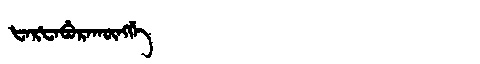
Manchu: ᡶᠠᡵᡶᠠᠪᡠᡵᠠᡴᡡᠩᡤᡝ
Romanization: FARFABURAKŪNGGE